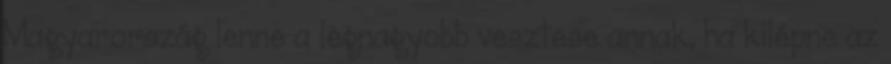
Magyarország lenne a legnagyobb vesztese annak, ha kilépne az